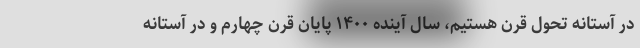
در آستانه تحول قرن هستیم، سال آینده ۱۴۰۰ پایان قرن چهارم و در آستانه